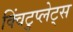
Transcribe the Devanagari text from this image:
क्विंटुप्लेट्स